Vaccination report Assam 1874-1896 - 1874-1896
Year: 1874
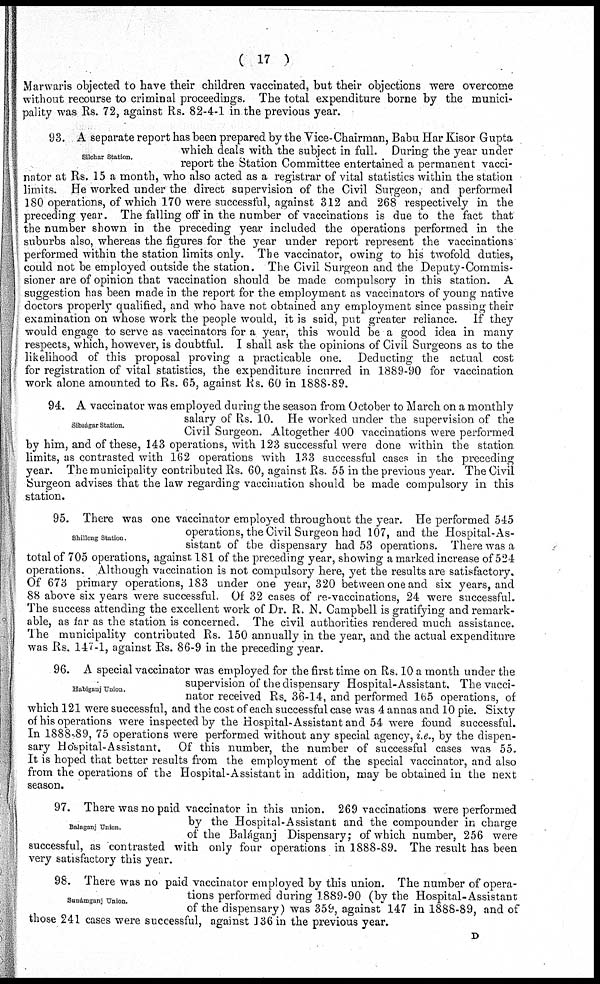
( 17 )
Marwaris objected to have their children vaccinated, but their objections were overcome
without recourse to criminal proceedings. The total expenditure borne by the munici-
pality was Rs. 72, against Rs. 82-4-1 in the previous year.
Silchar Station.
93. A separate report has been prepared by the Vice-Chairman, Babu Har Kisor Gupta
which deals with the subject in full. During the year under
report the Station Committee entertained a permanent vacci-
nator at Rs. 15 a month, who also acted as a registrar of vital statistics within the station
limits. He worked under the direct supervision of the Civil Surgeon, and performed
180 operations, of which 170 were successful, against 312 and 268 respectively in the
preceding year. The falling off in the number of vaccinations is due to the fact that
the number shown in the preceding year included the operations performed in the
suburbs also, whereas the figures for the year under report represent the vaccinations
performed within the station limits only. The vaccinator, owing to his twofold duties,
could not be employed outside the station. The Civil Surgeon and the Deputy-Commis-
sioner are of opinion that vaccination should be made compulsory in this station. A
suggestion has been made in the report for the employment as vaccinators of young native
doctors properly qualified, and who have not obtained any employment since passing their
examination on whose work the people would, it is said, put greater reliance. If they
would engage to serve as vaccinators for a year, this would be a good idea in many
respects, which, however, is doubtful. I shall ask the opinions of Civil Surgeons as to the
likelihood of this proposal proving a practicable one. Deducting the actual cost
for registration of vital statistics, the expenditure incurred in 1889-90 for vaccination
work alone amounted to Rs. 65, against Rs. 60 in 1888-89.
Sibságar Station.
94. A vaccinator was employed during the season from October to March on a monthly
salary of Rs. 10. He worked under the supervision of the
Civil Surgeon. Altogether 400 vaccinations were performed
by him, and of these, 143 operations, with 123 successful were done within the station
limits, as contrasted with 162 operations with 133 successful cases in the preceding
year. The municipality contributed Rs. 60, against Rs. 55 in the previous year. The Civil
Surgeon advises that the law regarding vaccination should be made compulsory in this
station.
Shillong Station.
95. There was one vaccinator employed throughout the year. He performed 545
operations, the Civil Surgeon had 107, and the Hospital-As-
sistant of the dispensary had 53 operations. There was a
total of 705 operations, against 181 of the preceding year, showing a marked increase of 524
operations. Although vaccination is not compulsory here, yet the results are satisfactory.
Of 673 primary operations, 183 under one year, 320 between one and six years, and
88 above six years were successful. Of 32 cases of re-vaccinations, 24 were successful.
The success attending the excellent work of Dr. R. N. Campbell is gratifying and remark-
able, as far as the station is concerned. The civil authorities rendered much assistance.
The municipality contributed Rs. 150 annually in the year, and the actual expenditure
was Rs. 147-1, against Rs. 86-9 in the preceding year.
Habiganj Union.
96. A special vaccinator was employed for the first time on Rs. 10 a month under the
supervision of the dispensary Hospital-Assistant, The vacci-
nator received Rs. 36-14, and performed 165 operations, of
which 121 were successful, and the cost of each successful case was 4 annas and 10 pie. Sixty
of his operations were inspected by the Hospital-Assistant and 54 were found successful.
In 1888-89, 75 operations were performed without any special agency, i.e., by the dispen-
sary Hospital-Assistant. Of this number, the number of successful cases was 55.
It is hoped that better results from the employment of the special vaccinator, and also
from the operations of the Hospital-Assistant in addition, may be obtained in the next
season.
Balaganj Union.
97. There was no paid vaccinator in this union. 269 vaccinations were performed
by the Hospital-Assistant and the compounder in charge
of the Baláganj Dispensary; of which number, 256 were
successful, as contrasted with only four operations in 1888-89. The result has been
very satisfactory this year.
Sunámganj Union.
98. There was no paid vaccinator employed by this union. The number of opera-
tions performed during 1889-90 (by the Hospital-Assistant
of the dispensary) was 359, against 147 in 1888-89, and of
those 241 cases were successful, against 136 in the previous year.
D